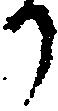
か